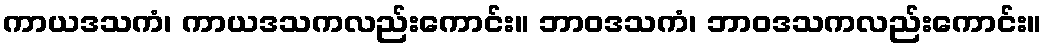
ကာယဒသကံ၊ ကာယဒသကလည်းကောင်း။ ဘာဝဒသကံ၊ ဘာဝဒသကလည်းကောင်း။